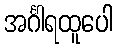
အင်္ဂါရထူပေါ